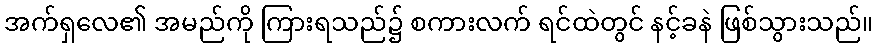
အက်ရှလေ၏ အမည်ကို ကြားရသည်၌ စကားလက် ရင်ထဲတွင် နင့်ခနဲ ဖြစ်သွားသည်။